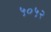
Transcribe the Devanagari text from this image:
५०५२